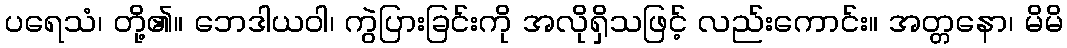
ပရေသံ၊ တို့၏။ ဘေဒါယဝါ၊ ကွဲပြားခြင်းကို အလိုရှိသဖြင့် လည်းကောင်း။ အတ္တနော၊ မိမိ